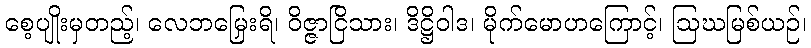
စေ့ပျိုးမှတည့်၊ လေဘမြှေးရိ၊ ဝိဇ္ဇာငြိသား၊ ဒိဋ္ဌိဝါဒ၊ မိုက်မောဟကြောင့်၊ ဩဃမြစ်ယဉ်၊